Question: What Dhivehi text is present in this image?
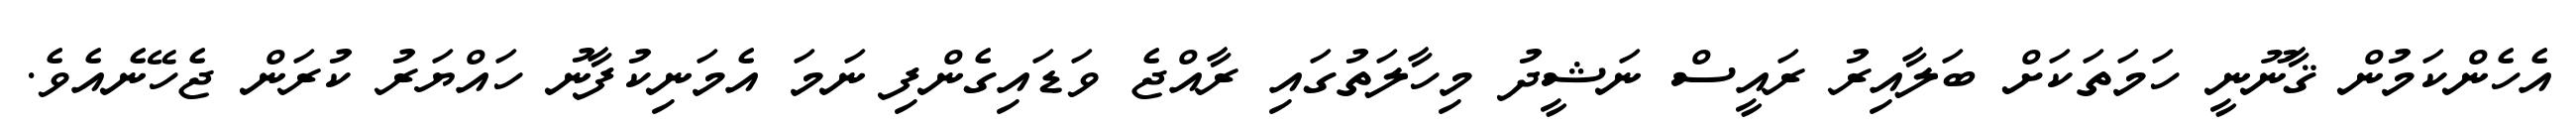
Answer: އެހެންކަމުން ޤާނޫނީ ހަމަތަކަށް ބަލާއިރު ރައީސް ނަޝީދު މިހާލަތުގައި ރާއްޖެ ވަޑައިގެންފި ނަމަ އެމަނިކުފާނު ހައްޔަރު ކުރަން ޖެހޭނެއެވެ.